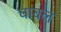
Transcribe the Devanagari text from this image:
चाबल